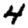
Digit: 4